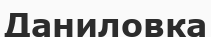
Даниловка